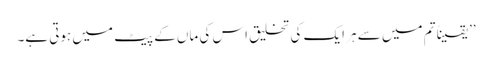
’’یقیناً تم میں سے ہر ایک کی تخلیق اس کی ماں کے پیٹ میں ہوتی ہے۔